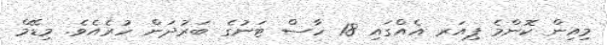
މިއިން ކޮންމެ ޕިއަރ އެއްގައި 18 ހާސް ޓަނުގެ ބަރުދަން ހުރެއެވެ. މިޑޭމް